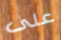
على